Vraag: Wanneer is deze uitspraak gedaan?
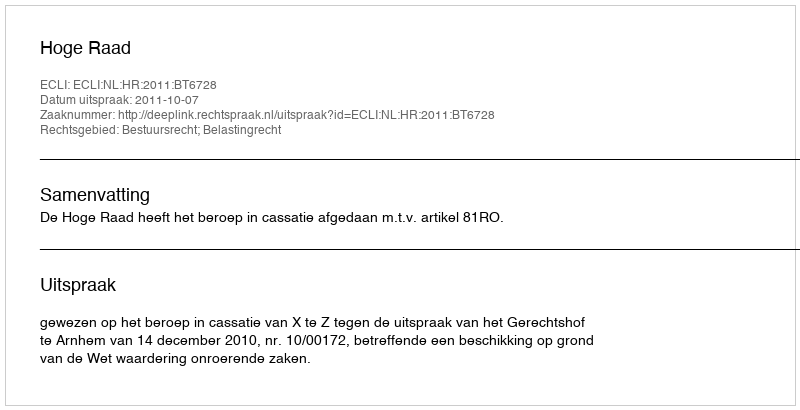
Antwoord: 2011-10-07